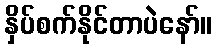
နှိပ်စက်နိုင်တာပဲနော်။